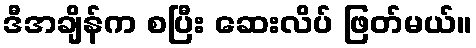
ဒီအချိန်က စပြီး ဆေးလိပ် ဖြတ်မယ်။